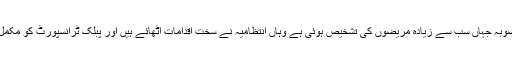
ووہان شہر اور ہوبائی صوبہ جہاں سب سے زیادہ مریضوں کی تشخیص ہوئی ہے وہاں انتظامیہ نے سخت اقدامات اٹھائے ہیں اور پبلک ٹرانسپورٹ کو مکمل طور پر بند کر دیا ہے۔